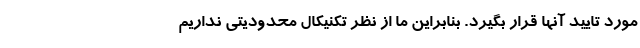
مورد تایید آنها قرار بگیرد. بنابراین ما از نظر تکنیکال محدودیتی نداریم